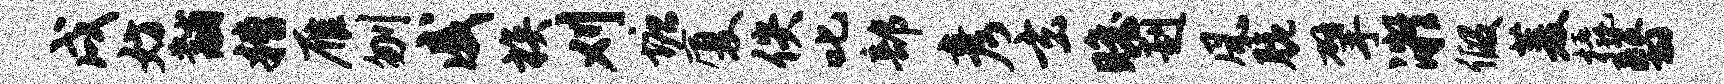
戌妨黼糟雁刎戚族刈塘厦佚叱部彦玄瞻赳风脆擘凝假菱橇翳